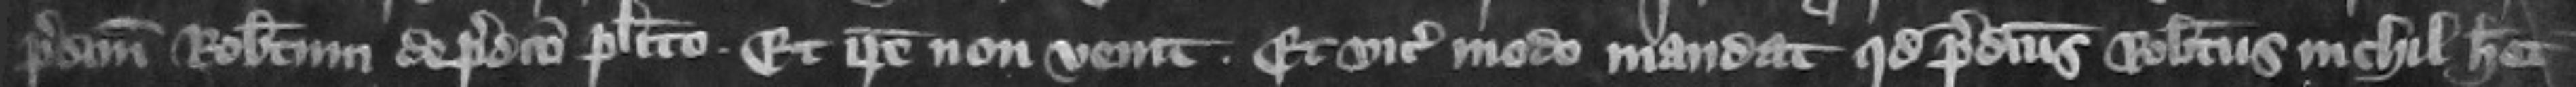
predictum Robertum de predicto placito. Et ipse non venit. Et vicecomes modo mandat quod predictus Robertus nichil habet